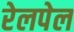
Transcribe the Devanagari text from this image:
रेलपेल